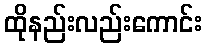
ထိုနည်းလည်းကောင်း